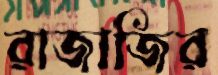
রাজাজির